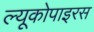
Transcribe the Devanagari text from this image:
ल्यूकोपाइरस